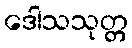
ဒေါသသုတ္တ